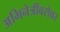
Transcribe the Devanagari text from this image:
अभिनेत्रींबरोबर